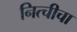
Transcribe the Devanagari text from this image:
नित्चीचा